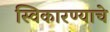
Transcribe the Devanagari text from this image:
स्विकारण्याचे